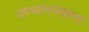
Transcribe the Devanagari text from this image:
सम्भालनेवाला